Report of an investigation of the epidemic of malarial fever in Assam, or, kala-azar
Disease focus: Malaria
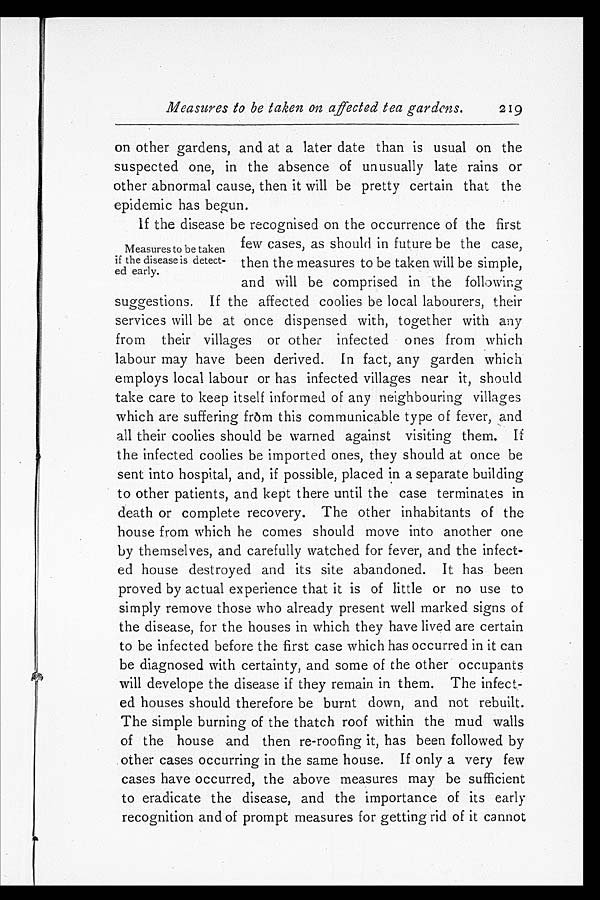
Measures to be taken on affected tea gardens.
219
on other gardens, and at a later date than is usual on the
suspected one, in the absence of unusually late rains or
other abnormal cause, then it will be pretty certain that the
epidemic has begun.
If the disease be recognised on the occurrence of the first
few cases, as should in future be the case,
then the measures to be taken will be simple,
and will be comprised in the following
suggestions. If the affected coolies be local labourers, their
services will be at once dispensed with, together with any
from their villages or other infected ones from which
labour may have been derived. In fact, any garden which
employs local labour or has infected villages near it, should
take care to keep itself informed of any neighbouring villages
which are suffering from this communicable type of fever, and
all their coolies should be warned against visiting them. If
the infected coolies be imported ones, they should at once be
sent into hospital, and, if possible, placed in a separate building
to other patients, and kept there until the case terminates in
death or complete recovery. The other inhabitants of the
house from which he comes should move into another one
by themselves, and carefully watched for fever, and the infect-
ed house destroyed and its site abandoned. It has been
proved by actual experience that it is of little or no use to
simply remove those who already present well marked signs of
the disease, for the houses in which they have lived are certain
to be infected before the first case which has occurred in it can
be diagnosed with certainty, and some of the other occupants
will develope the disease if they remain in them. The infect-
ed houses should therefore be burnt down, and not rebuilt.
The simple burning of the thatch roof within the mud walls
of the house and then re-roofing it, has been followed by
other cases occurring in the same house. If only a very few
cases have occurred, the above measures may be sufficient
to eradicate the disease, and the importance of its early
recognition and of prompt measures for getting rid of it cannot
Measures to be taken
if the disease is detect
-ed early.